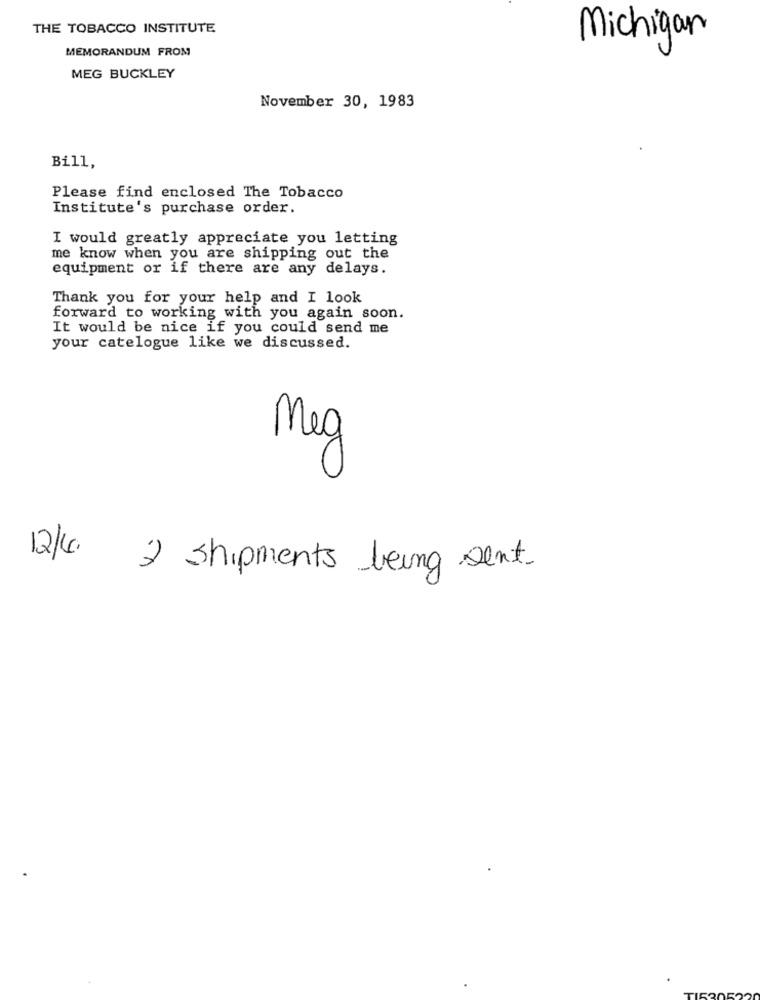
THE TOBACCO INSTITUTE
Michigan
MEMORANDUM FROM
MEG BUCKLEY
November 30, 1983
Bill,
Please find enclosed The Tobacco
Institute's purchase order.
I would greatly appreciate you letting
me know when you are shipping out the
equipment or if there are any delays.
Thank you for your help and I look
forward to working with you again soon.
It would be nice if you could send me
your catelogue like we discussed.
Meg
12/4.
2 shipments being sent.